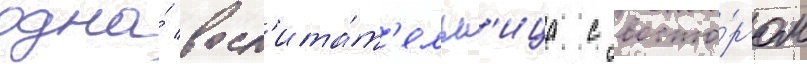
одна́ восп'ита́т'ельн'ица с восто́ргом